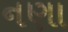
નણા